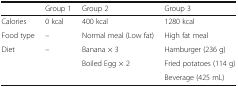
<table><thead><tr><td></td><td><b>Group 1</b></td><td><b>Group 2</b></td><td><b>Group 3</b></td></tr></thead><tbody><tr><td>Calories</td><td>0 kcal</td><td>400 kcal</td><td>1280 kcal</td></tr><tr><td>Food type</td><td>–</td><td>Normal meal (Low fat)</td><td>High fat meal</td></tr><tr><td rowspan="3">Diet</td><td rowspan="3">–</td><td>Banana × 3</td><td>Hamburger (236 g)</td></tr><tr><td rowspan="2">Boiled Egg × 2</td><td>Fried potatoes (114 g)</td></tr><tr><td>Beverage (425 mL)</td></tr></tbody></table>